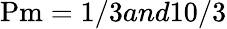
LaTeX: \mathrm{Pm}=1/3and10/3